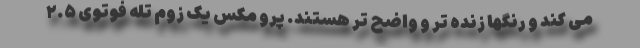
می کند و رنگها زنده تر و واضح تر هستند. پرو مکس یک زوم تله فوتوی ۲.۵